Annual statistical returns and brief notes on vaccination in Bengal - 1909-1929
Year: 1909
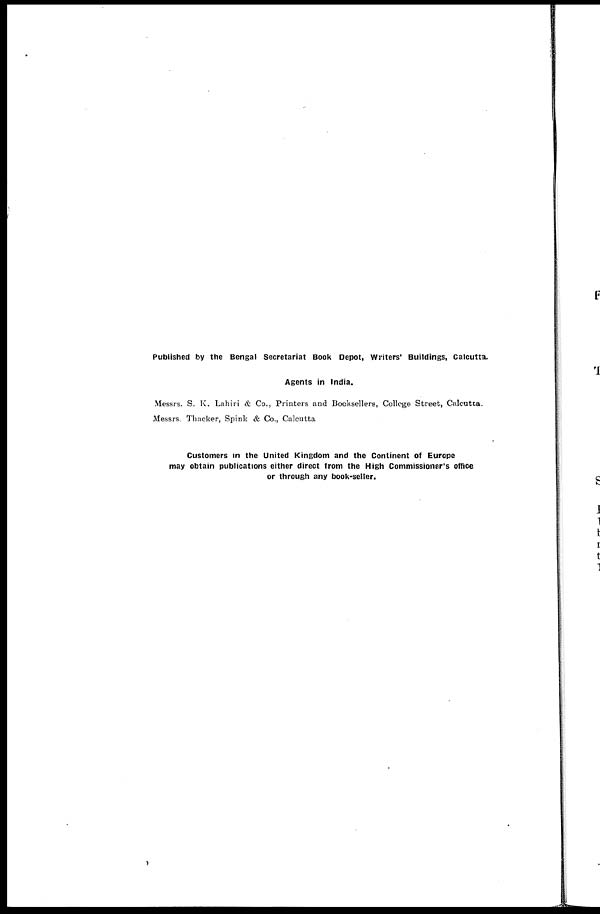
Published by the Bengal Secretariat Book Depot, Writers' Buildings, Calcutta.
Agents in India.
Messrs. S. K. Lahiri & Co., Printers and Booksellers, College Street, Calcutta.
Messrs. Thacker, Spink & Co., Calcutta
Customers in the United Kingdom and the Continent of Europe
may obtain publications either direct from the High Commissioner's office
or through any book-seller.